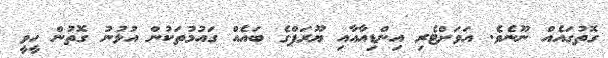
ގޮތުގައެއް ނޫނެވެ. އަވަށްޓެރި އިންޑިއާއާއި ޔޫރަޕްގެ ބައެއް ގައުމުތަކުން އުޅުނު ގޮތުން ހީވީ